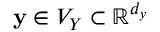
\mathbf { y } \in V _ { Y } \subset \mathbb { R } ^ { d _ { y } }